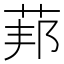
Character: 𱽨